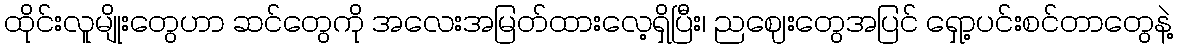
ထိုင်းလူမျိုးတွေဟာ ဆင်တွေကို အလေးအမြတ်ထားလေ့ရှိပြီး၊ ညဈေးတွေအပြင် ရှော့ပင်းစင်တာတွေနဲ့